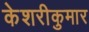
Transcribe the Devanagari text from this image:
केशरीकुमार